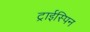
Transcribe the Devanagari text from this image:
ट्राईस्पिन